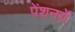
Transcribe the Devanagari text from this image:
पेंशनरों